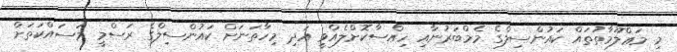
މި މަޢްލޫމާތުތައް ކައުންސިލްގެ މެމްބަރުނާއި ހިއްސާކޮށްލެއްވީ އަދި މިހާތަނަށް ކައުންސިލްގެ ރަސްމީ މަސައްކަތަށް